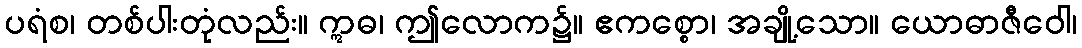
ပရံစ၊ တစ်ပါးတုံလည်း။ ဣဓ၊ ဤလောက၌။ ဧကစ္စော၊ အချို့သော။ ယောဓာဇီဝေါ၊